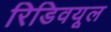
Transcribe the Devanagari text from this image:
रिडिवयूल